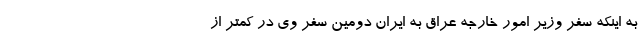
به اینکه سفر وزیر امور خارجه عراق به ایران دومین سفر وی در کمتر از